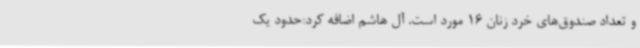
و تعداد صندوق‌های خرد زنان 16 مورد است. آل هاشم اضافه کرد:حدود یک